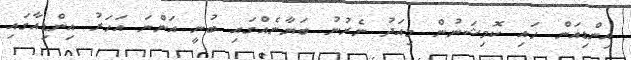
އިންޑިއަން ހައި ކޮމިޝަނުން މިއަދު ނެރުނު ބަޔާނެއްގައި ބުނީ އަންނަ އަހަރު އިންޑިއާގައި